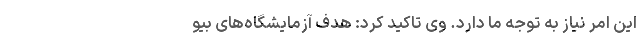
این امر نیاز به توجه ما دارد. وی تاکید کرد: هدف آزمایشگاه‌های بیو